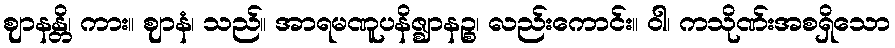
ဈာနန္တိ၊ ကား။ ဈာနံ၊ သည်။ အာရမဏူပနိဇ္ဈာနဉ္စ၊ လည်းကောင်း။ ဝါ၊ ကသိုဏ်းအစရှိသော